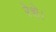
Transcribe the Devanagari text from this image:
रेशे।